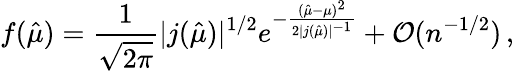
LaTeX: f(\hat{\mu})=\frac{1}{\sqrt{2\pi}}|j(\hat{\mu})|^{1/2}e^{-\frac{(\hat{\mu}-\mu)^{2}}{2|j(\hat{\mu})|^{-1}}}+\mathcal{O}(n^{-1/2})\, ,